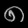
Digit: ၈